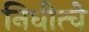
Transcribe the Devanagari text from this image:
निधीत्चे